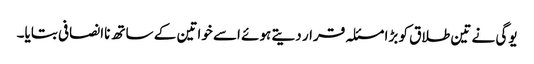
یوگی نے تین طلاق کو بڑا مسئلہ قرار دیتے ہوئے اسے خواتین کے ساتھ ناانصافی بتایا۔